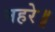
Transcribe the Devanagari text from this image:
नहरे॥